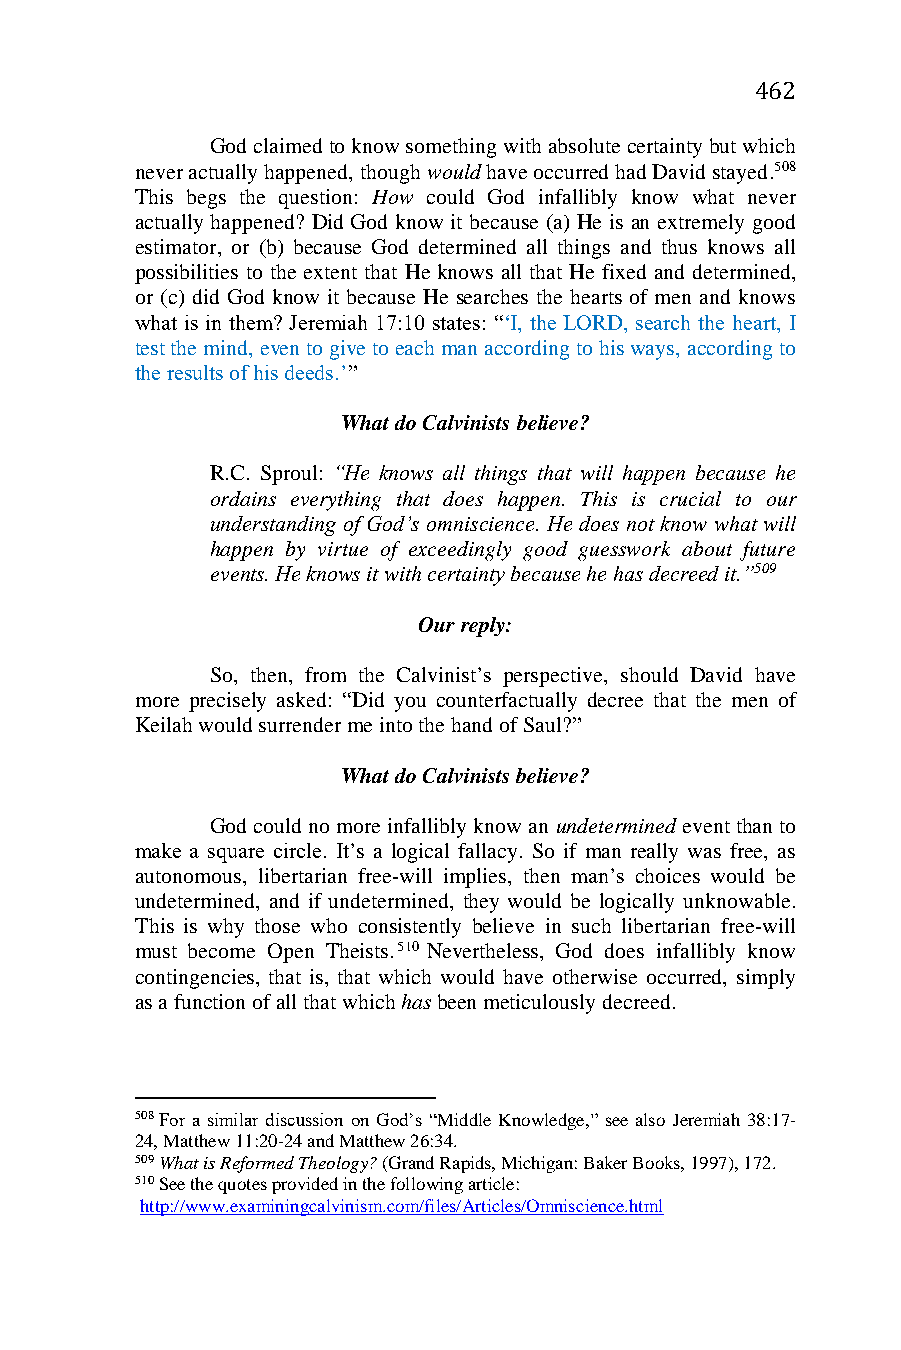
462
 God claimed to know something with absolute certainty but which
 never actually happened, though would have occurred had David stayed.508
 This begs the question: How could God infallibly know what never
 actually happened? Did God know it because (a) He is an extremely good
 estimator, or (b) because God determined all things and thus knows all
 possibilities to the extent that He knows all that He fixed and determined,
 or (c) did God know it because He searches the hearts of men and knows
 what is in them? Jeremiah 17:10 states: “‘I, the LORD, search the heart, I
 test the mind, even to give to each man according to his ways, according to
 the results of his deeds.’”
 What do Calvinists believe?
 R.C. Sproul: “He knows all things that will happen because he
 ordains everything that does happen. This is crucial to our
 understanding of God’s omniscience. He does not know what will
 happen by virtue of exceedingly good guesswork about future
 events. He knows it with certainty because he has decreed it.”509
 Our reply:
 So, then, from the Calvinist’s perspective, should David have
 more precisely asked: “Did you counterfactually decree that the men of
 Keilah would surrender me into the hand of Saul?”
 What do Calvinists believe?
 God could no more infallibly know an undetermined event than to
 make a square circle. It’s a logical fallacy. So if man really was free, as
 autonomous, libertarian free-will implies, then man’s choices would be
 undetermined, and if undetermined, they would be logically unknowable.
 This is why those who consistently believe in such libertarian free-will
 must become Open Theists.510 Nevertheless, God does infallibly know
 contingencies, that is, that which would have otherwise occurred, simply
 as a function of all that which has been meticulously decreed.
 508 For a similar discussion on God’s “Middle Knowledge,” see also Jeremiah 38:17-
 24, Matthew 11:20-24 and Matthew 26:34.
 509 What is Reformed Theology? (Grand Rapids, Michigan: Baker Books, 1997), 172.
 510 See the quotes provided in the following article:
 http://www.examiningcalvinism.com/files/Articles/Omniscience.html